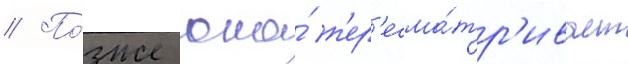
// По́зже она́ п'ер'есма́тр'ивает